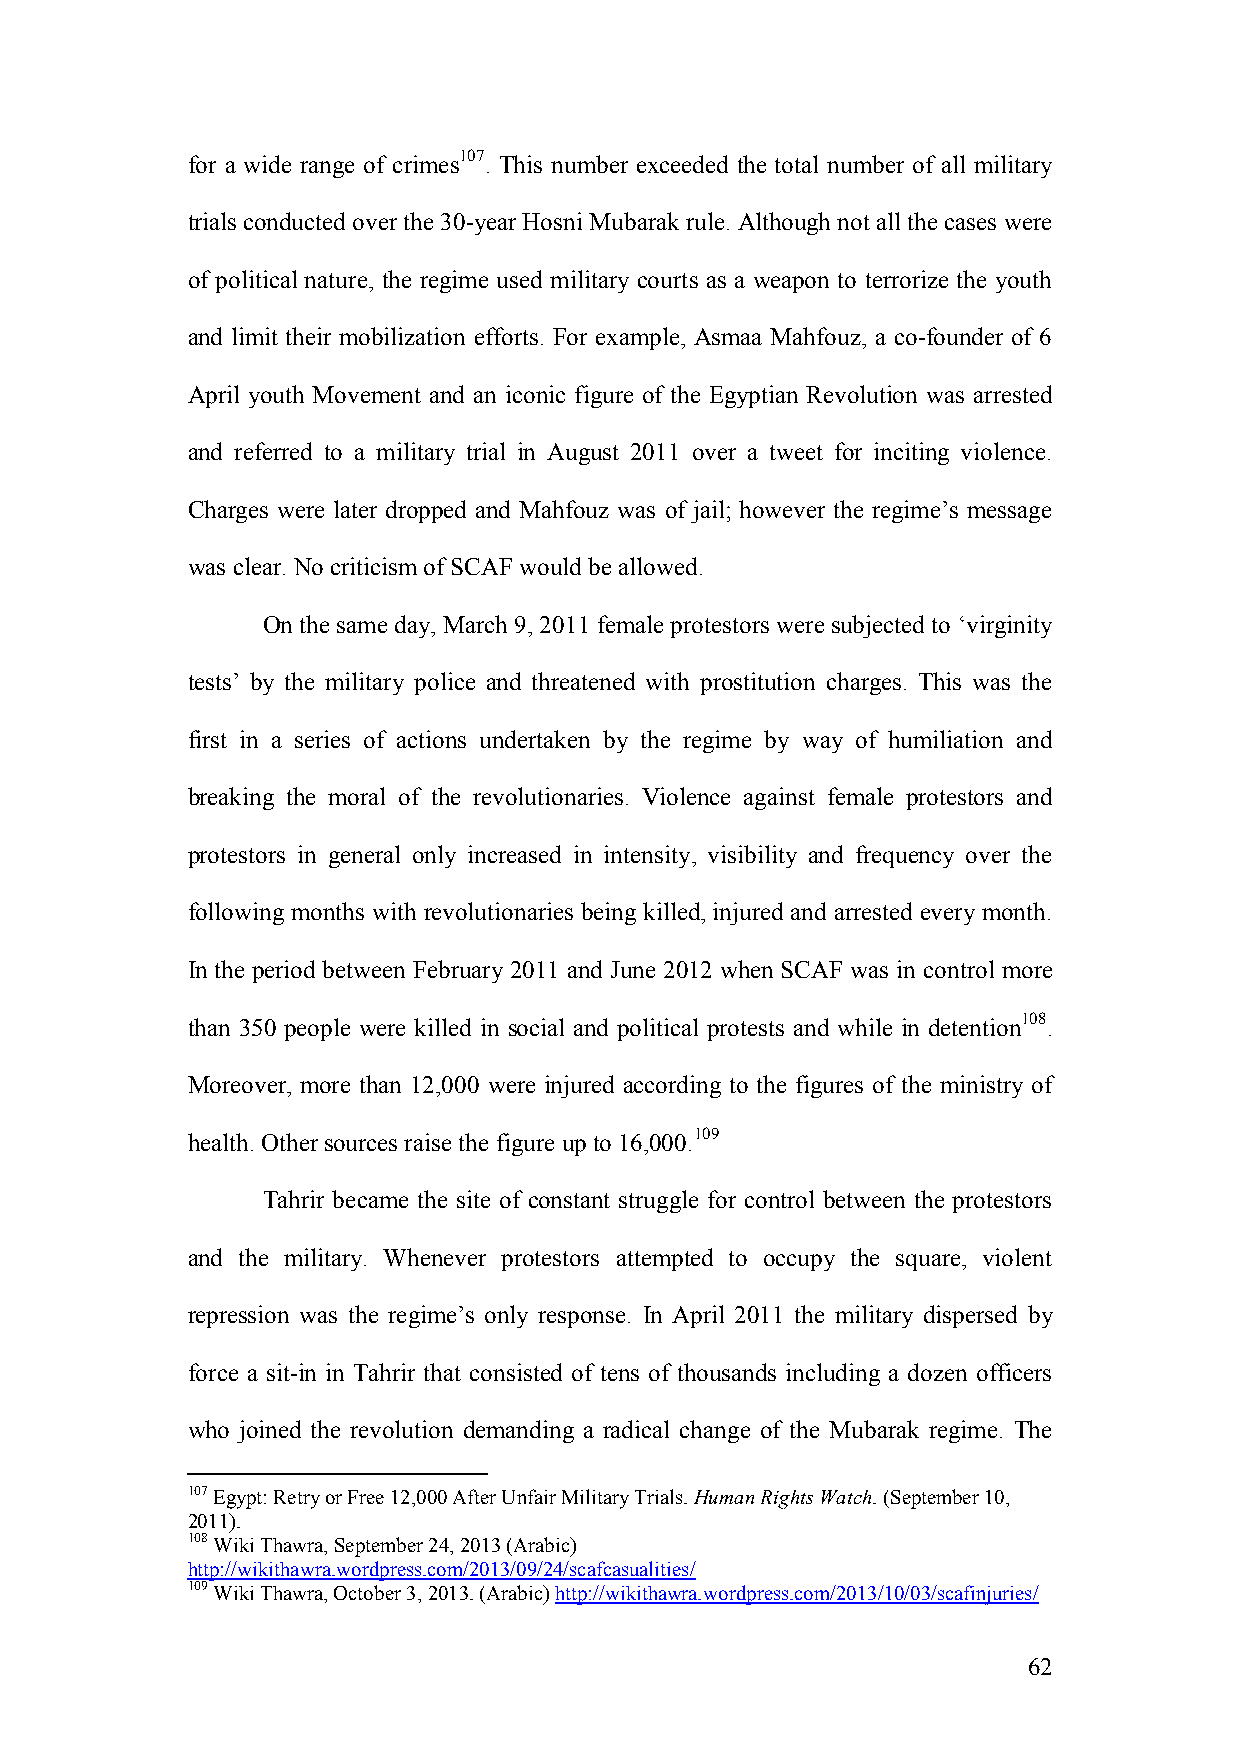
for a wide range of crimes107. This number exceeded the total number of all military
 trials conducted over the 30-year Hosni Mubarak rule. Although not all the cases were
 of political nature, the regime used military courts as a weapon to terrorize the youth
 and limit their mobilization efforts. For example, Asmaa Mahfouz, a co-founder of 6
 April youth Movement and an iconic figure of the Egyptian Revolution was arrested
 and referred to a military trial in August 2011 over a tweet for inciting violence.
 Charges were later dropped and Mahfouz was of jail; however the regime’s message
 was clear. No criticism of SCAF would be allowed.
 On the same day, March 9, 2011 female protestors were subjected to ‘virginity
 tests’ by the military police and threatened with prostitution charges. This was the
 first in a series of actions undertaken by the regime by way of humiliation and
 breaking the moral of the revolutionaries. Violence against female protestors and
 protestors in general only increased in intensity, visibility and frequency over the
 following months with revolutionaries being killed, injured and arrested every month.
 In the period between February 2011 and June 2012 when SCAF was in control more
 than 350 people were killed in social and political protests and while in detention108.
 Moreover, more than 12,000 were injured according to the figures of the ministry of
 health. Other sources raise the figure up to 16,000.109
 Tahrir became the site of constant struggle for control between the protestors
 and the military. Whenever protestors attempted to occupy the square, violent
 repression was the regime’s only response. In April 2011 the military dispersed by
 force a sit-in in Tahrir that consisted of tens of thousands including a dozen officers
 who joined the revolution demanding a radical change of the Mubarak regime. The
 107 Egypt: Retry or Free 12,000 After Unfair Military Trials. Human Rights Watch. (September 10,
 2011).
 108 Wiki Thawra, September 24, 2013 (Arabic)
 http://wikithawra.wordpress.com/2013/09/24/scafcasualities/
 109 Wiki Thawra, October 3, 2013. (Arabic) http://wikithawra.wordpress.com/2013/10/03/scafinjuries/
 62